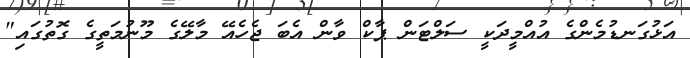
އަޅުގަނޑުމެންގެ އުއްމީދަކީ ސަލްޓަން ޕާކް ވާން އެބަ ޖެހެއޭ މާލޭގެ މޫނުމަތީގެ ގޮތުގައި"